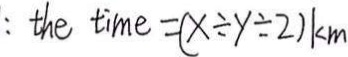
: t h e t i m e = ( x \div y \div 2 ) k m